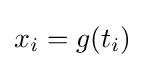
x_{i}=g(t_{i})